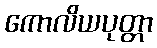
ကောလိယပုတ္တာ